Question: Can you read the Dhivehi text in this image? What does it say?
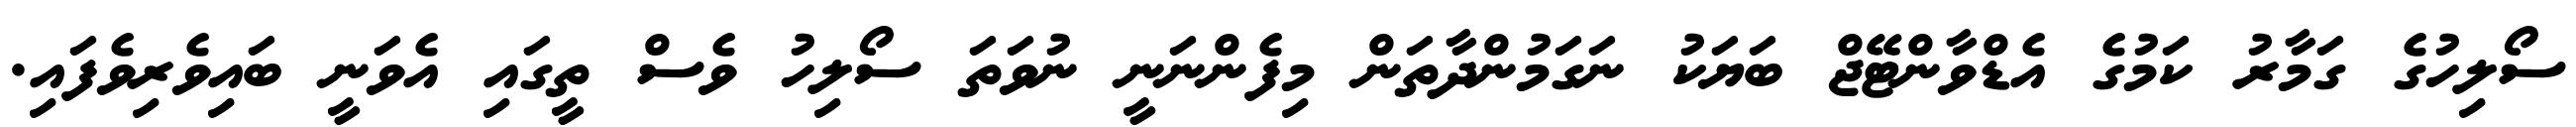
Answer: ސޯލިހުގެ ގަމާރު ކަމުގެ އެޑްވާންޓޭޖް ބަޔަކު ނަގަމުންދާތަން މިފެންނަނީ ނުވަތަ ސޯލިހު ވެސް ތީގައި އެވަނީ ބައިވެރިވެފައި.